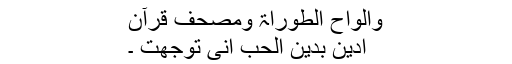
والواح الطوراۃ ومصحف قرآن
ادین بدین الحب انی توجھت ۔